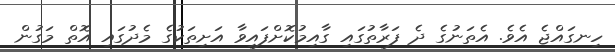
ހިނގައްޖެ އެވެ. އެތަނުގެ ދެ ފަރާތުގައި ގާއިމުކޮށްފައިވާ އަށިތަކުގެ މެދުގައި އޮތް މަގުން